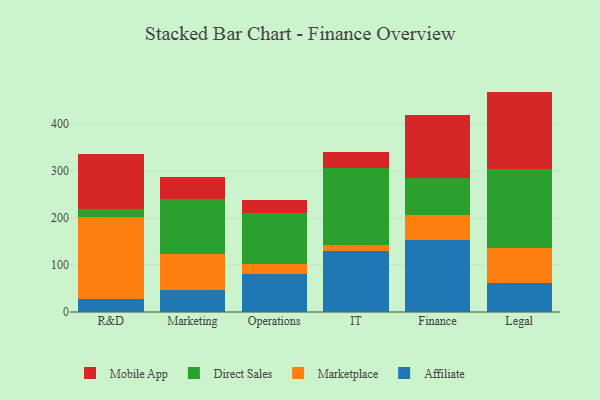
{"axis": {"x": "Department", "y": "Backlog"}, "legend": ["Affiliate", "Direct Sales", "Marketplace", "Mobile App"], "data": [{"x": "R&D", "y": 28.4, "type": "Affiliate"}, {"x": "R&D", "y": 174.2, "type": "Marketplace"}, {"x": "R&D", "y": 17.3, "type": "Direct Sales"}, {"x": "R&D", "y": 116.6, "type": "Mobile App"}, {"x": "Marketing", "y": 47.9, "type": "Affiliate"}, {"x": "Marketing", "y": 76.4, "type": "Marketplace"}, {"x": "Marketing", "y": 117.3, "type": "Direct Sales"}, {"x": "Marketing", "y": 45.4, "type": "Mobile App"}, {"x": "Operations", "y": 80.1, "type": "Affiliate"}, {"x": "Operations", "y": 22.9, "type": "Marketplace"}, {"x": "Operations", "y": 107.7, "type": "Direct Sales"}, {"x": "Operations", "y": 27.0, "type": "Mobile App"}, {"x": "IT", "y": 129.7, "type": "Affiliate"}, {"x": "IT", "y": 12.7, "type": "Marketplace"}, {"x": "IT", "y": 163.6, "type": "Direct Sales"}, {"x": "IT", "y": 34.6, "type": "Mobile App"}, {"x": "Finance", "y": 152.6, "type": "Affiliate"}, {"x": "Finance", "y": 54.7, "type": "Marketplace"}, {"x": "Finance", "y": 77.2, "type": "Direct Sales"}, {"x": "Finance", "y": 135.8, "type": "Mobile App"}, {"x": "Legal", "y": 61.9, "type": "Affiliate"}, {"x": "Legal", "y": 75.4, "type": "Marketplace"}, {"x": "Legal", "y": 167.0, "type": "Direct Sales"}, {"x": "Legal", "y": 165.2, "type": "Mobile App"}]}